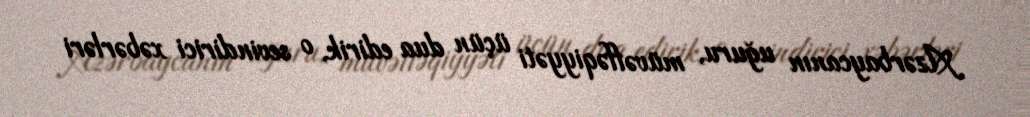
Azərbaycanın uğuru, müvəffəqiyyəti üçün dua edirik, o sevindirici xəbərləri